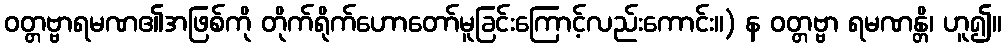
ဝတ္တဗ္ဗာရမဏ၏အဖြစ်ကို တိုက်ရိုက်ဟောတော်မူခြင်းကြောင့်လည်းကောင်း။) န ဝတ္တဗ္ဗာ ရမဏန္တိ၊ ဟူ၍။